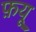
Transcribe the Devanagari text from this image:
फ़यू